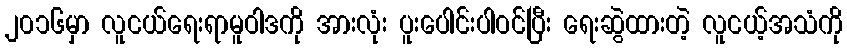
၂၀၁၆မှာ လူငယ်ရေးရာမူဝါဒကို အားလုံး ပူးပေါင်းပါဝင်ပြီး ရေးဆွဲထားတဲ့ လူငယ့်အသံကို